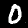
Label: 0